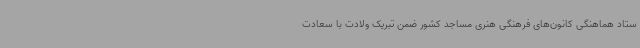
ستاد هماهنگی کانون‌های فرهنگی هنری مساجد کشور ضمن تبریک ولادت با سعادت